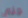
جني